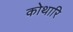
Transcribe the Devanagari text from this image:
कोथारि